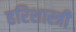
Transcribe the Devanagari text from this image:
हरिशास्त्री